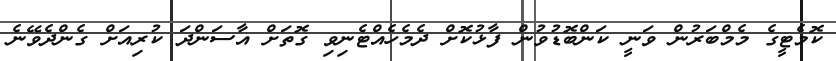
ކޮމެޓީގެ މެމްބަރުން ވަނީ ކަންބޮޑުވުން ފާޅުކޮށް ދެމެހެއްޓެނިވި ގޮތަށް އާސަންދަ ކުރިއަށް ގެންދެވޭނެ